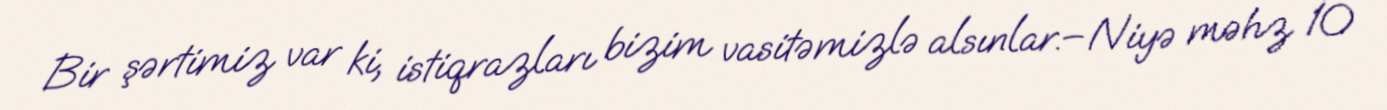
Bir şərtimiz var ki, istiqrazları bizim vasitəmizlə alsınlar.– Niyə məhz 10